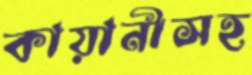
কায়ানীসহ